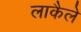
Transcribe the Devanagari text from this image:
लाकैले